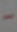
-